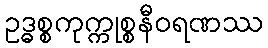
ဥဒ္ဓစ္စကုက္ကုစ္စနီဝရဏဿ